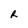
Character: R